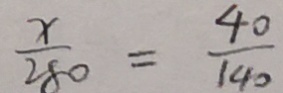
\frac { x } { 2 8 0 } = \frac { 4 0 } { 1 4 0 }